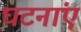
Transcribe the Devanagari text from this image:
घटनांएं